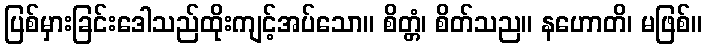
ပြစ်မှားခြင်းဒေါသည်ထိုးကျင့်အပ်သော။ စိတ္တံ၊ စိတ်သည။ နဟောတိ၊ မဖြစ်။